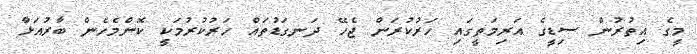
މީގެ އިތުރުން ސިޑީގެ އަރިމަތީގައި ހަރުކުރަން ޖެހޭ ދަނގަޑުތައް ހަރުކުރުމަކީ ކޮންމެހެން ބާރުއަޅާ